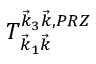
T _ { \vec { k } _ { 1 } \vec { k } } ^ { \vec { k } _ { 3 } \vec { k } , P R Z }